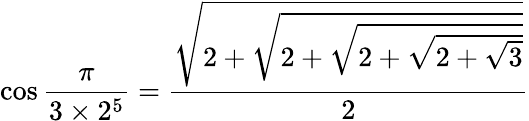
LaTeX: \cos{\frac{\pi}{3\times 2^{5}}}={\frac{\sqrt{2+{\sqrt{2+{\sqrt{2+{\sqrt{2+{\sqrt{3}}}}}}}}}}{2}}